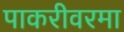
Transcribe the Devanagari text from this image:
पाकरीवरमा